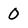
Character: 0